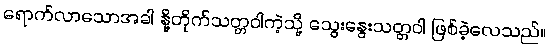
ရောက်လာသောအခါ နို့တိုက်သတ္တဝါကဲ့သို့ သွေးနွေးသတ္တဝါ ဖြစ်ခဲ့လေသည်။